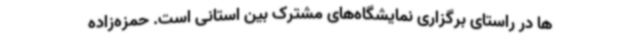
ها در راستای برگزاری نمایشگاه‌های مشترک بین استانی است. حمزه‌زاده